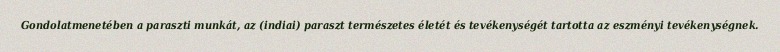
Gondolatmenetében a paraszti munkát, az (indiai) paraszt természetes életét és tevékenységét tartotta az eszményi tevékenységnek.